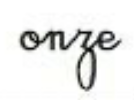
onze